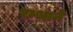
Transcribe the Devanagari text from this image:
रम्भाने